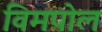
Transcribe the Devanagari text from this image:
विमपोल